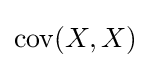
\operatorname {cov} (X,X)